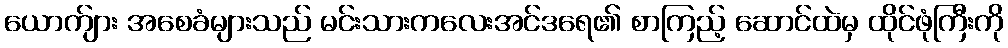
ယောက်ျား အစေခံများသည် မင်းသားကလေးအင်ဒရေ၏ စာကြည့် ဆောင်ထဲမှ ထိုင်ဖုံကြီးကို